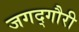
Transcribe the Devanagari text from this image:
जगद्‌गौरी